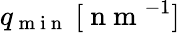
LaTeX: q_{\mathrm{~m~i~n~}}\ [\mathrm{~n~m~}^{-1}]